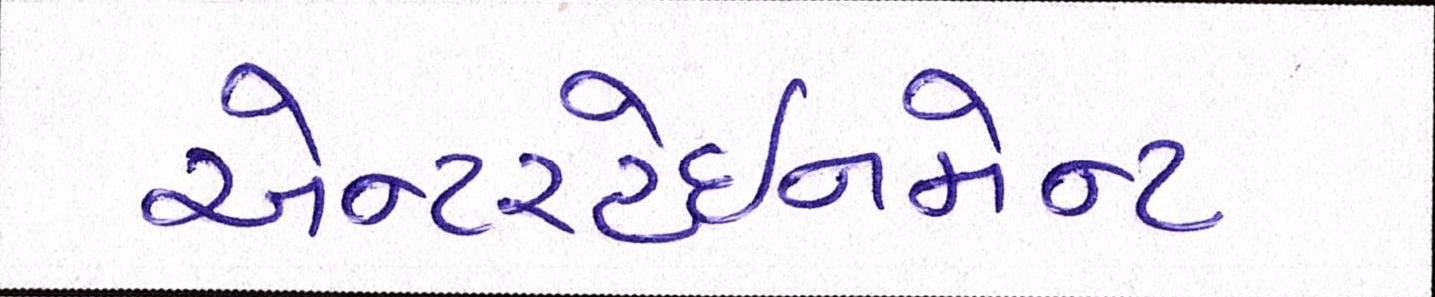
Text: એન્ટરટેઈનમેન્ટ